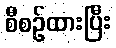
စီစဉ်ထားပြီး